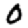
Digit: 0